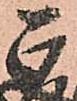
正